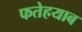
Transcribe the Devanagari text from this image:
फतेहयाब